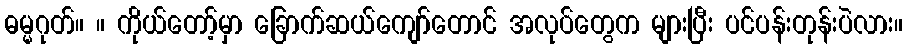
ဓမ္မဂုတ်။ ။ ကိုယ်တော့်မှာ ခြောက်ဆယ်ကျော်တောင် အလုပ်တွေက များပြီး ပင်ပန်းတုန်းပဲလား။